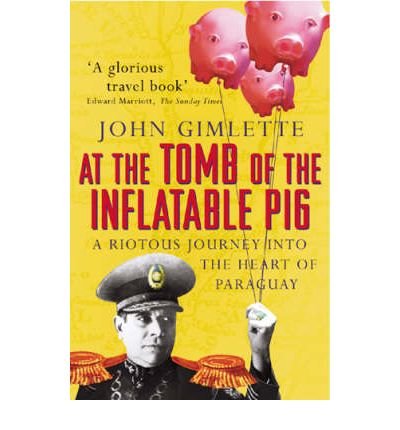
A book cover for At the Tomb of the Inflatable Pig: Travels Through Paraguay (Paperback) - Common; By (author) John Gimlette; Travel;